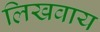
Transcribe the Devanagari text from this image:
लिखवाय